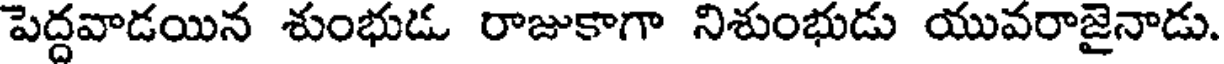
పెద్దవాడయిన శుంభుడు రాజుకాగా నిశుంభుడు యువరాజైనాడు.